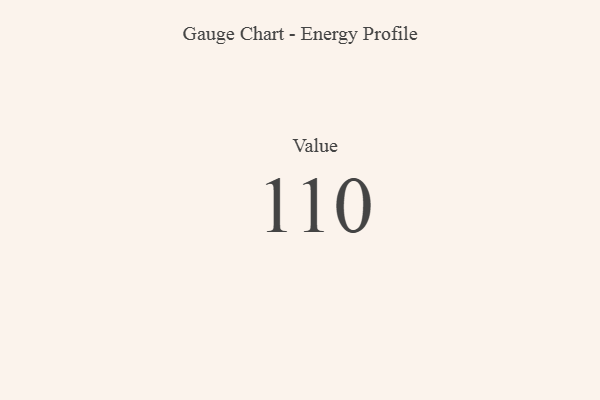
{"axis": {"x": "Metric", "y": "Value"}, "legend": [""], "data": [{"x": "Value", "y": 110, "type": ""}]}